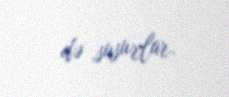
də susurlar.